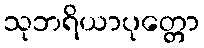
သုဘရိယာပုတ္တော